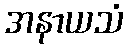
အနာယသံ